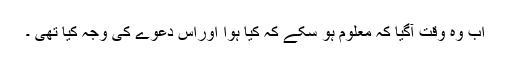
اب وہ وقت آگیا کہ معلوم ہو سکے کہ کیا ہوا اوراس دعوے کی وجہ کیا تھی ۔